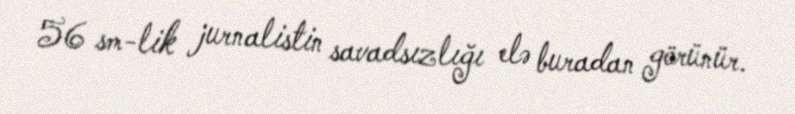
56 sm-lik jurnalistin savadsızlığı elə buradan görünür.